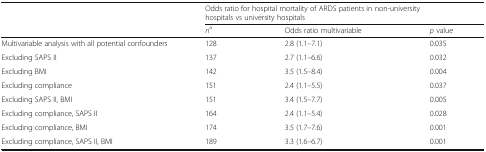
<table><thead><tr><td></td><td colspan="3"><b>Odds ratio for hospital mortality of ARDS patients in non-university hospitals vs university hospitals</b></td></tr><tr><td></td><td><b><i>n</i><sup>a</sup></b></td><td><b>Odds ratio multivariable</b></td><td><b><i>p</i> value</b></td></tr></thead><tbody><tr><td>Multivariable analysis with all potential confounders</td><td>128</td><td>2.8 (1.1–7.1)</td><td>0.035</td></tr><tr><td>Excluding SAPS II</td><td>137</td><td>2.7 (1.1–6.6)</td><td>0.032</td></tr><tr><td>Excluding BMI</td><td>142</td><td>3.5 (1.5–8.4)</td><td>0.004</td></tr><tr><td>Excluding compliance</td><td>151</td><td>2.4 (1.1–5.5)</td><td>0.037</td></tr><tr><td>Excluding SAPS II, BMI</td><td>151</td><td>3.4 (1.5–7.7)</td><td>0.005</td></tr><tr><td>Excluding compliance, SAPS II</td><td>164</td><td>2.4 (1.1–5.4)</td><td>0.028</td></tr><tr><td>Excluding compliance, BMI</td><td>174</td><td>3.5 (1.7–7.6)</td><td>0.001</td></tr><tr><td>Excluding compliance, SAPS II, BMI</td><td>189</td><td>3.3 (1.6–6.7)</td><td>0.001</td></tr></tbody></table>